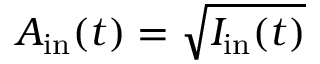
A _ { \mathrm { i n } } ( t ) = \sqrt { I _ { \mathrm { i n } } ( t ) }